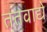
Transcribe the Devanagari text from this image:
ततवाद्ये